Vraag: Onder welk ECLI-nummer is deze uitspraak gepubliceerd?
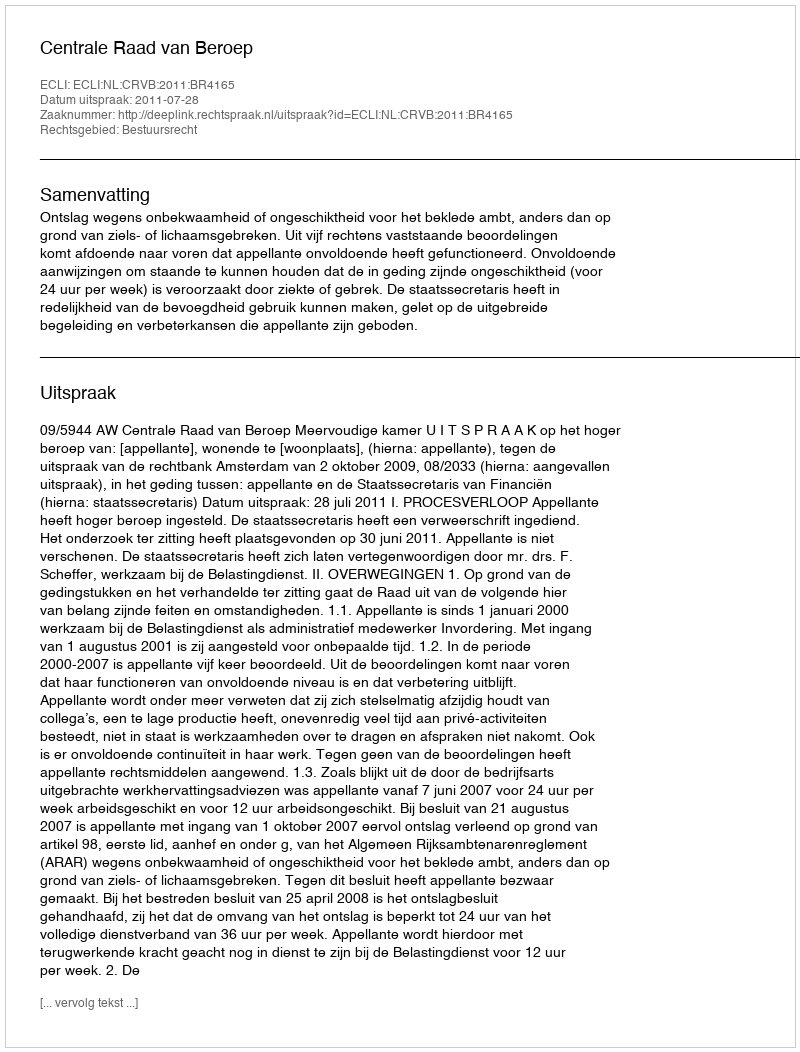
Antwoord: ECLI:NL:CRVB:2011:BR4165